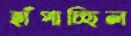
হাঁপাচ্ছিল